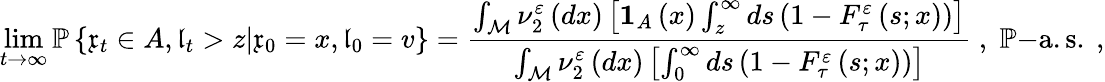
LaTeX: \operatorname*{lim}_{t\rightarrow\infty}\mathbb{P}\left\{ \mathfrak{x}_{t}\in A,\mathfrak{l}_{t}>z|\mathfrak{x}_{0}=x,\mathfrak{l}_{0}=v\right\} =\frac{\int_{\mathcal{M}}\nu_{2}^{\varepsilon}\left(dx\right)\left[\mathbf{1}_{A}\left(x\right)\int_{z}^{\infty}ds\left(1-F_{\tau}^{\varepsilon}\left(s;x\right)\right)\right]}{\int_{\mathcal{M}}\nu_{2}^{\varepsilon}\left(dx\right)\left[\int_{0}^{\infty}ds\left(1-F_{\tau}^{\varepsilon}\left(s;x\right)\right)\right]}\; ,\; \mathbb{P}\mathrm{-a.s.\ ,}